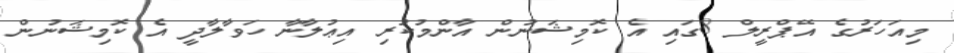
މިއަހަރުގެ އޭޕްރީލް 8ގައި އެ ކޮމިޝަނުން އާންމުކުރި އިޢުލާނާ ހަވާލާދީ އެ ކޮމިޝަނުން